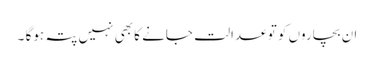
ان بچاروں کو تو عدالت جانے کا بھی نہیں پتہ ہوگا ۔